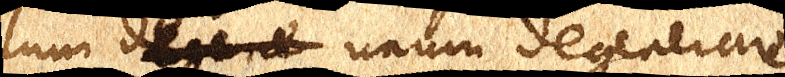
lum degene unum degenerare